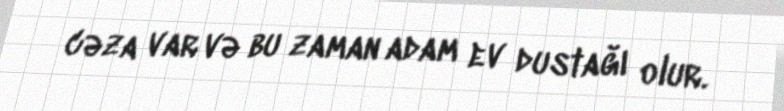
cəza var və bu zaman adam ev dustağı olur.